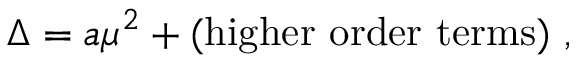
\Delta = a \mu ^ { 2 } + ( \mathrm { h i g h e r \ o r d e r \ t e r m s } ) \ ,